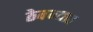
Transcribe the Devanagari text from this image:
ठेवन्यात